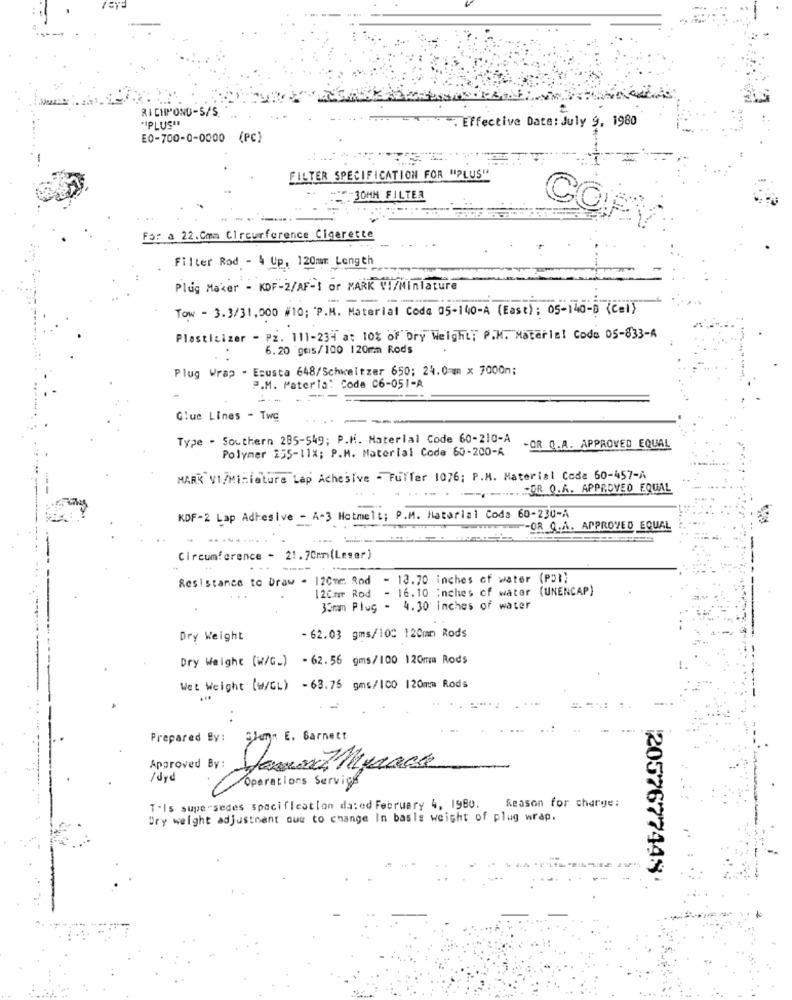
RICHMOND-S/S.
. Effective Date: July 9, 1980
"IPLUS"
E0-700-0-0000 (PC)
FILTER SPECIFICATION FOR "PLUS"
30MM FILTER
COP
Far a 22.Cmm Circumference Cigarette
Filter Rod - 4 Up, 120mm Length
Plug Maker - KDF-2/AF-s or MARK VI/Miniature
Tow - 3.3/31,000 #10; P.M. Material Code 05-140-A (East): 05-140-0 (Cel}
Plasticizer - Pz. 111-234 at 10% of Dry Weight; P.M. Matarla! Code 05-833-A
6.20 gmis/100 120mm Rods
Plug Wrap - Ecusta 648/Schweitzer 650; 24.0mm x 7000m;
P.M. Materia: Code C6-051-A
Glue Lines - Two
Type - Southern 285-549; P.M. Material Code 60-210-A
Polymer 255-11X; P.M. Material Code 60-200-A
-OR Q.A. APPROVED EQUAL
MARK VI/Miniature Lap Achesive - Fuller 1076; P.M. Material Code 60-457-A
POR Q.A. APPROVED EQUAL
KDF-2 Lap Adhesive - A-3 Hatmelt; P.M. Natorial Coda 60-230-A
-- OR Q.A. APPROVED EQUAL
....
Circumference - 21.70mm(Leser)
Resistance to Draw - 120mm Rod - 13.70 inches of water (PSI)
12Cmr Rod - 16.10 inches of water (UNENCAP)
33mm Plug - 4.30 inches of water
Dry Weight
- 62.03 gms/100 120mm Rods
Dry Weight (w/G_) -62.56 gms/100 120mm Rods
Wet Weight (W/GL) -63.75 gms/100 120mm Rods
Prepared By: Slur. E. Barnett
Approved By: Dawn Mupack
/Jyd
Operations Service
T'Is supersedes spacification da:ed February 4, 1980.
Reason for charge:
Dry weight adjustment oue to change In basis weight of plug wrap.
2057677448